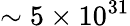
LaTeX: \sim 5\times 10^{31}